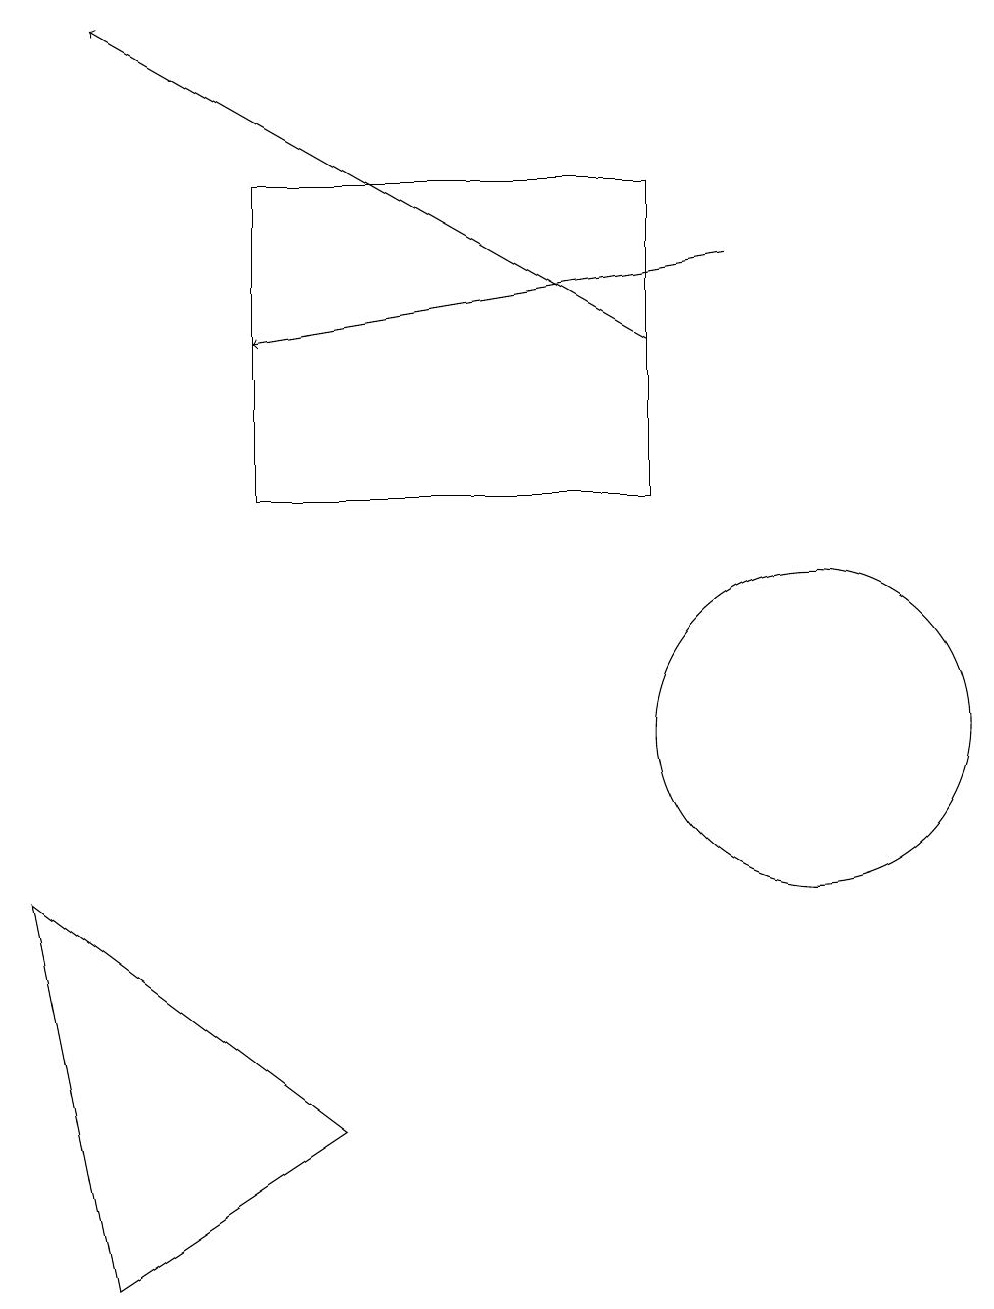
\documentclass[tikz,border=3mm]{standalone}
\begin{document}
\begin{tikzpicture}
\draw (8,17) rectangle (3,13);
\draw (0,8) -- (4,5) -- (1,3) -- cycle;
\draw (10,10) circle (2);
\draw[->] (8,15) -- (1,19);
\draw[->] (9,16) -- (3,15);
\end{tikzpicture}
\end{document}